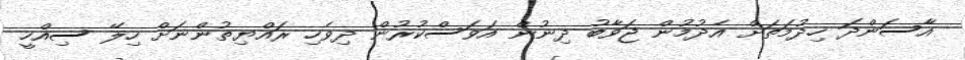
އާސަންދަ ހިދުމަތަށް އެދުމުން ޖަވާބު ދިނުން އަވަސްކުރުން ދިވެހި ރައްޔިތުންނަށް ހިލޭ ސިއްހީ